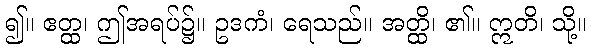
၍။ ဧတ္ထ၊ ဤအရပ်၌။ ဥဒကံ၊ ရေသည်။ အတ္ထိ၊ ၏။ ဣတိ၊ သို့။